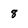
Character: 8